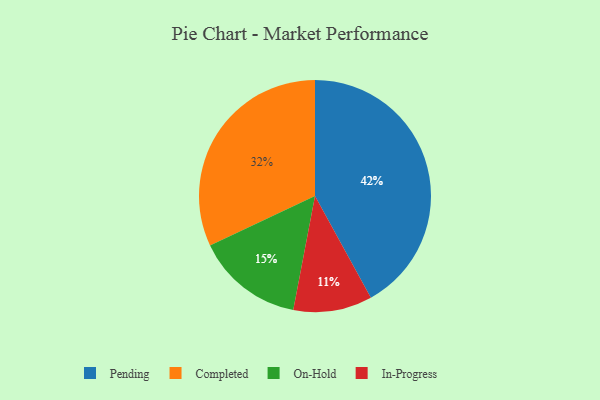
{"axis": {"x": "Category", "y": "Percentage"}, "legend": ["Completed", "In-Progress", "On-Hold", "Pending"], "data": [{"x": "In-Progress", "y": 11, "type": "In-Progress"}, {"x": "On-Hold", "y": 15, "type": "On-Hold"}, {"x": "Completed", "y": 32, "type": "Completed"}, {"x": "Pending", "y": 42, "type": "Pending"}]}